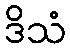
ဒိသံ